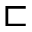
\sqsubset